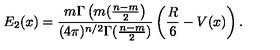
E _ { 2 } ( x ) = \frac { m \Gamma \left( m ( \frac { n - m } { 2 } \right) } { ( 4 \pi ) ^ { n / 2 } \Gamma ( \frac { n - m } { 2 } ) } \left( \frac { R } { 6 } - V ( x ) \right) .